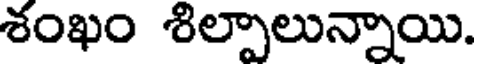
శంఖం శిల్పాలున్నాయి.